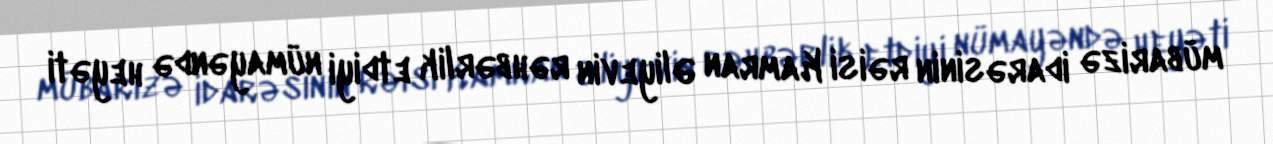
mübarizə idarəsinin rəisi Kamran Əliyevin rəhbərlik etdiyi nümayəndə heyəti